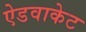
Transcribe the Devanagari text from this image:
ऐडवाकेट